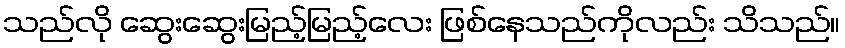
သည်လို ဆွေးဆွေးမြည့်မြည့်လေး ဖြစ်နေသည်ကိုလည်း သိသည်။